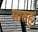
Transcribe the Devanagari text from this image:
सातहु